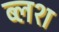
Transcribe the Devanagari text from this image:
ब्लश